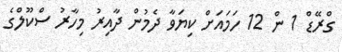
ގްރޭޑް 1 ން 12 ހަމައަށް ކިޔަވާ ދެމުން ދާއިރު މިހާރު ސްކޫލްގެ